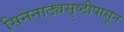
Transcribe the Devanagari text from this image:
सिनेनाट्यसृष्टीपासून